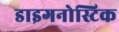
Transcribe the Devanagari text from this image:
डाइगनोस्टिक